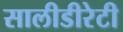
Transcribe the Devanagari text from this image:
सालीडीरेटी